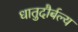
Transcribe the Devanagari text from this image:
धातुदौर्बल्य